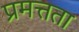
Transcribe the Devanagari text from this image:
प्रमत्तता